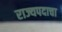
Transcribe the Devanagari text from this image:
राज्यपदाचा